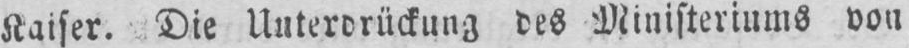
Kaiser. Die Unterdrückung des Ministeriums von